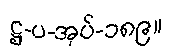
ဋ္ဌ-ပ-အုပ်-၁၈၉။